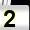
Digit: 2